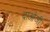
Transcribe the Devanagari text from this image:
दाओजी